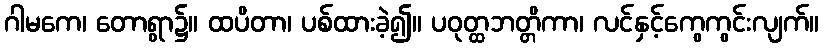
ဂါမကေ၊ တောရွာ၌။ ထပိတာ၊ ပစ်ထားခဲ့၍။ ပဝုတ္ထဘတ္တိကာ၊ လင်နှင့်ကွေကွင်းလျက်။